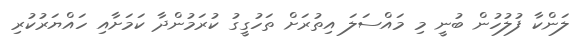
ލަންކާ ފުލުހުން ބުނީ މި މައްސަލަ އިތުރަށް ތަހުގީގު ކުރަމުންދާ ކަމަށާއި ހައްޔަރުކުރި